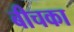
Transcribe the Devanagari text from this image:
बीचका